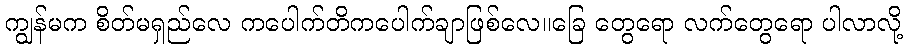
ကျွန်မက စိတ်မရှည်လေ ကပေါက်တိကပေါက်ချာဖြစ်လေ။ခြေ တွေရော လက်တွေရော ပါလာလို့